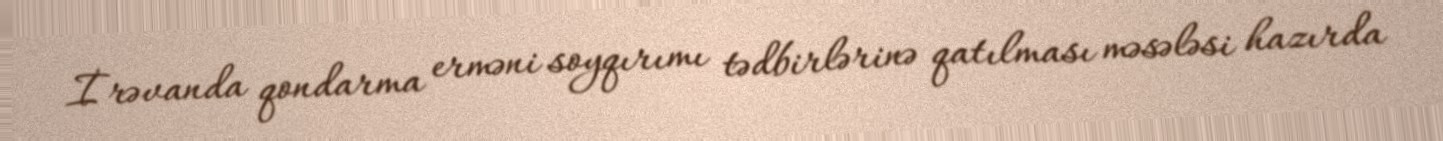
İrəvanda qondarma erməni soyqırımı tədbirlərinə qatılması məsələsi hazırda